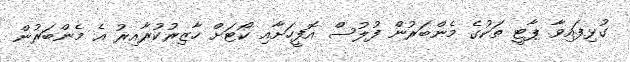
ގުޅިފައިވާ ޕާޓީ ތަކުގެ މެންބަރުން ފުލުސް އޮފީހަށާއި ކޯޓަށް ހާޒިރުކުރާއިރު އެ މެންބަރުން